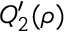
Q _ { 2 } ^ { \prime } ( \rho )